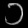
Digit: ၁